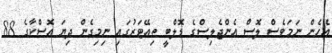
އެހެން ނަމަވެސް ލޮސް އެންޖެލިސްގެ ޑޮލްބީ ތިއޭޓަރުގައި ނިމިގެން ދިޔަ އޮސްކާގެ 88